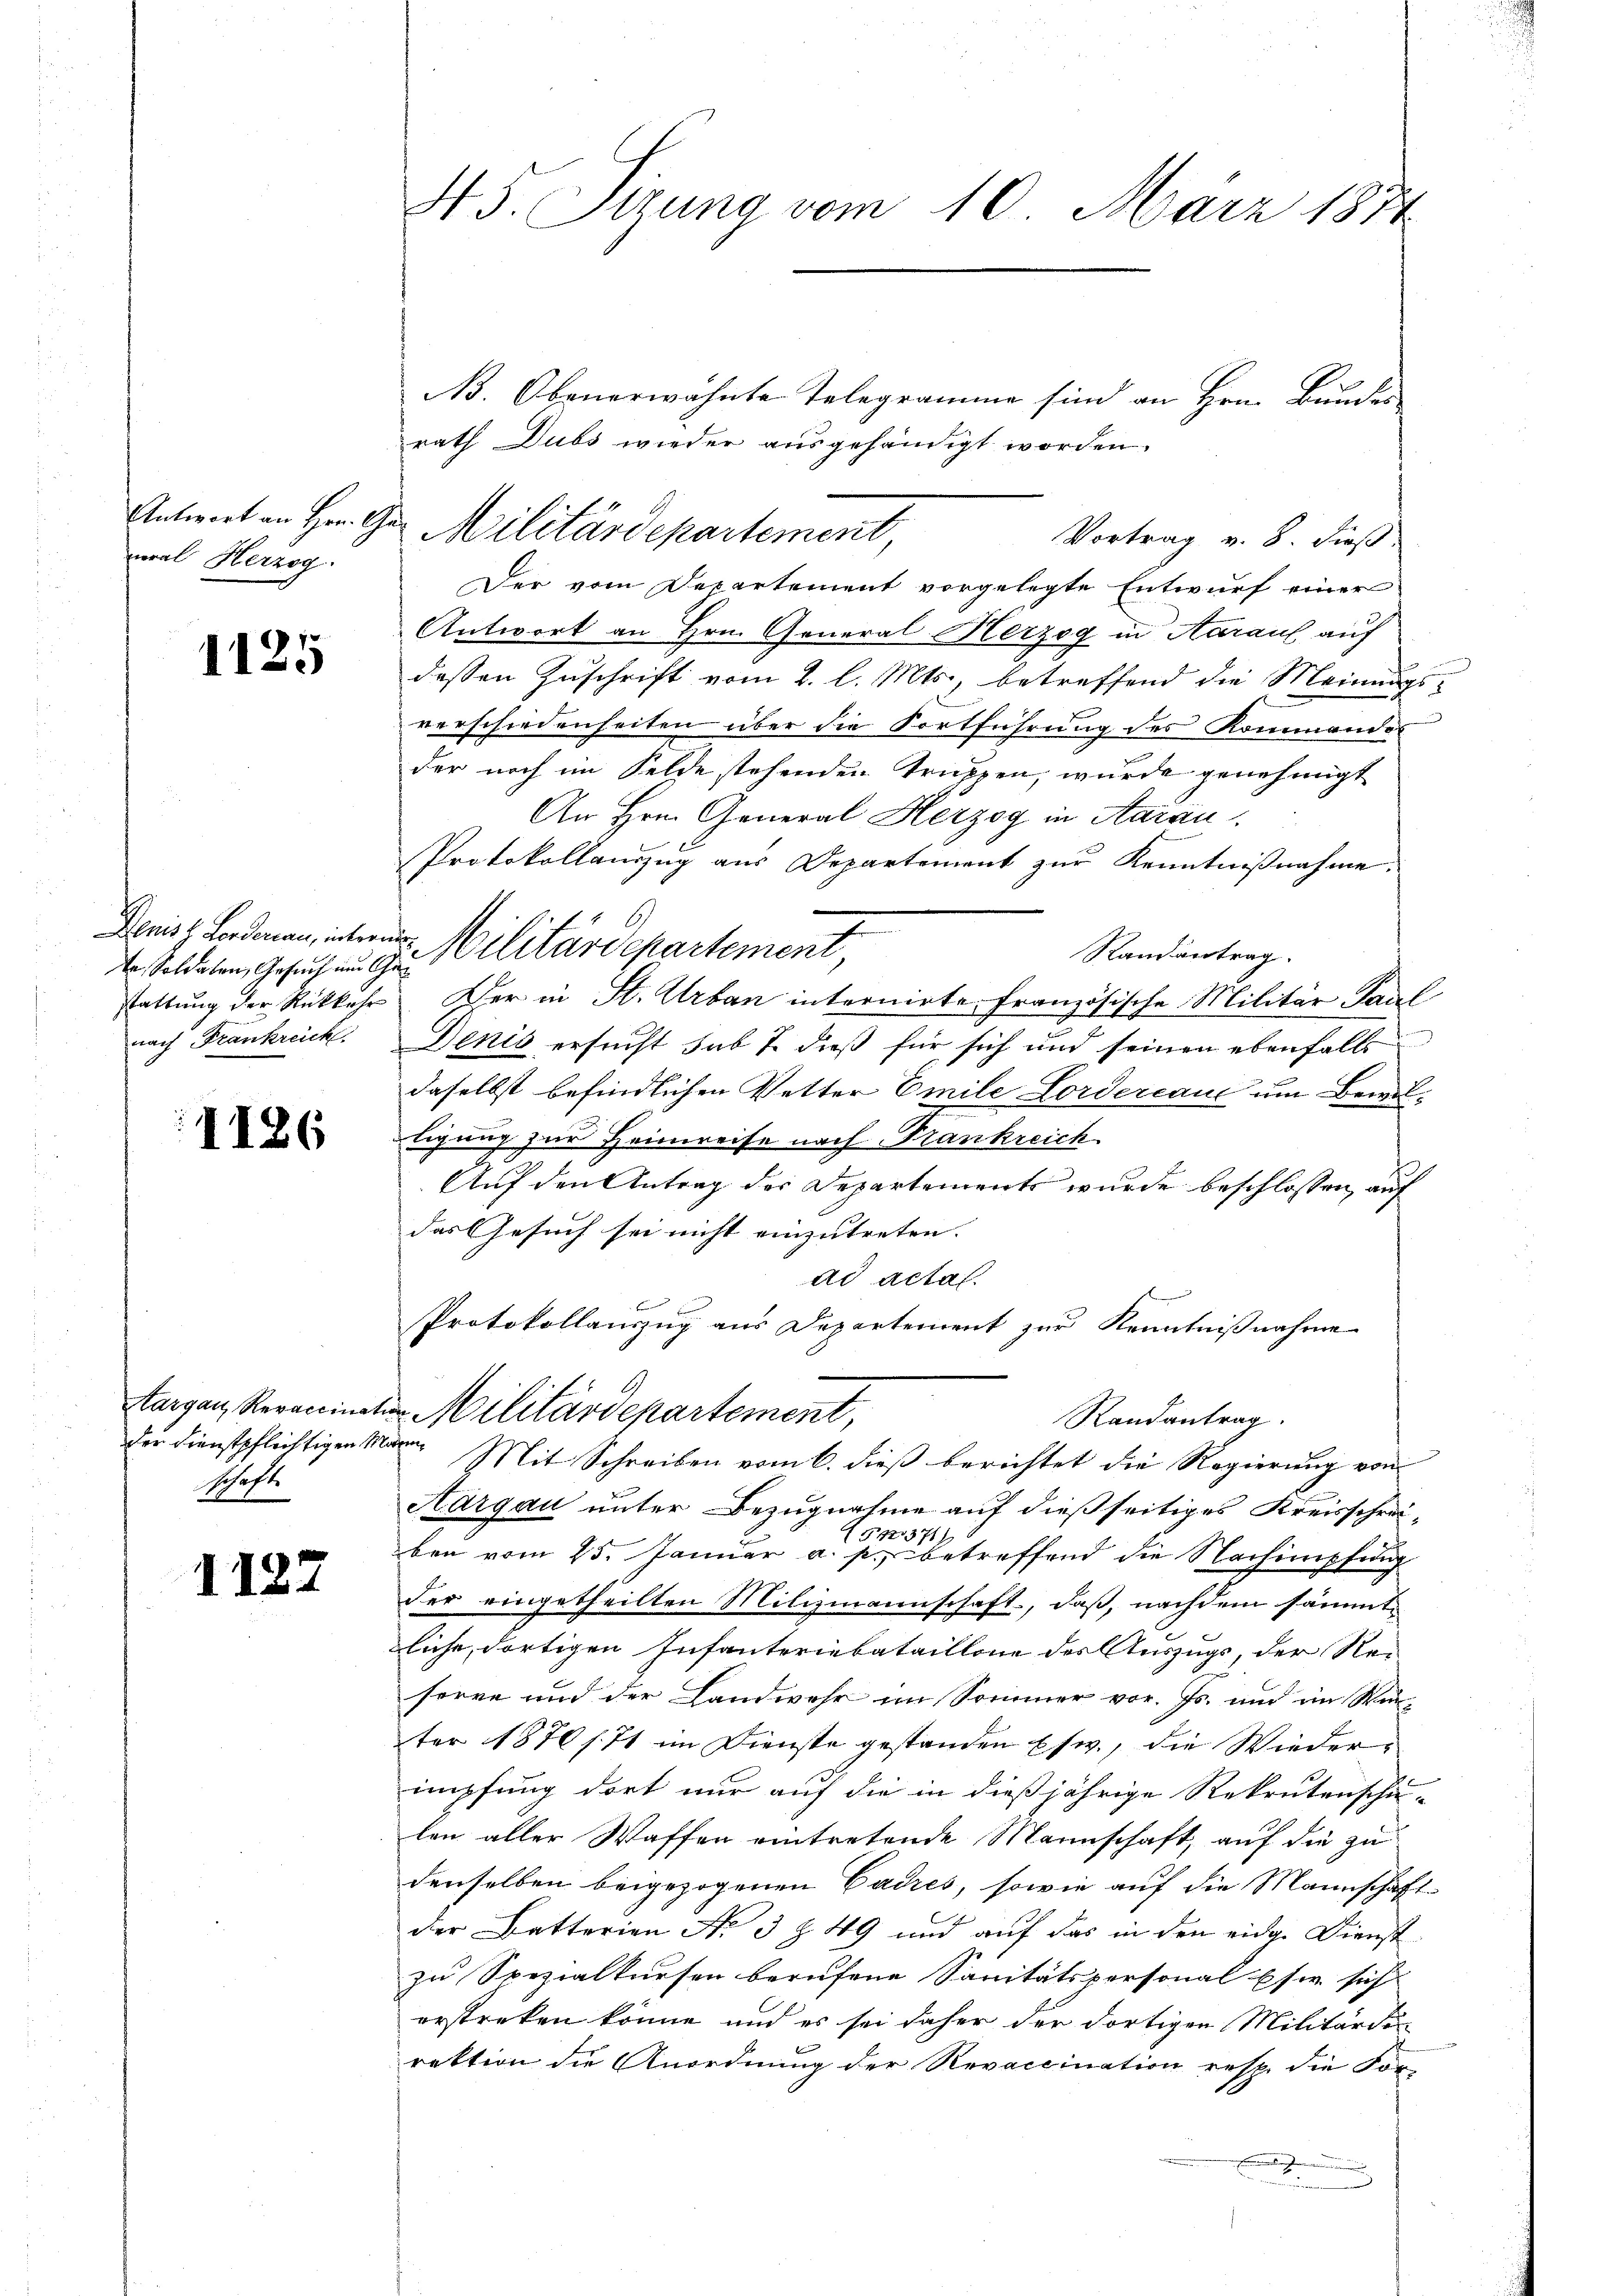
Antwort an Hrn. G.
neral Herzog.

1125

dr Soldaten, Gesuch im Gan

1126

Aargau, Revaccinata
der Dienstpflichtigen Mann¬
Schaft.

1127

45. Sizung vom 10. März 1874

B. Obenerwähnte Telegramme sind an Hrn. Bunder
rath Dubs wieder ausgehändigt worden.
Vortrag v. 8. dieß.
Der vom Departement vorgelegte Entwurf einer
Antwort an Hrn. General Herzog in Aarauf auf
dessen Zuschrift vom 2. l. Mts., betreffend die Meinungsverschiedenheiten über die Fortführung des Kommandos
der noch im Felde stehenden Truppen, wurde genehmigt
An Hrn. General Herzog in Aarau
Protokollauszug aus Departement zur Kenntnißnahme.
Deniss. Fordenen, unteres Militärdepartement,
Randantrag.
stattung der Rückkehr. Der in St. Urban internirte Französische Militär Paul
nach Frankreich. Denis ersucht sub 7. dieß für sich und seinen ebenfalls
daselbst befindlichen Vetter Emile Lordereaue um Bewilligung zur Heimreise nach Frankreich
Auf den Antrag der Departements wurde beschlossen, auf
das Gesuch sei nicht einzutreten. |
ad acta.
B
Protokollauszug aus Departement zur Kenntnißnahme
 Militärdepartement,
Randantrag.
Mit Schreiben vom 6. dieß berichtet die Regierung von
Aargau unter Bezugnahme auf dießseitiges Kreisschrei-
5371/
ben vom 25. Januar a. p. betreffend die Nachimpfung
der eingetheilten Milizmannschaft, daß, nachdem sämmtliche, dortigen Infanteriebataillone des Auszugs, der Re-
serre und der Landwehr im Sommer vor. Js. und im Winter 1870 f. 71 im Dienste gestanden Esw., die Wiederimpfung dort nur auf die in dießjährige Rekrutenschu-
len aller Waffen eintretende Mannschaft, auf die zu
denselben beigezogenen Cadres, sowie auf die Mannschaft-
der Batterien N. 3 § 49 und auf das in den eidg. Dienst
zu Spezialkursen berufene Sanitätspersonal sie sich
erstreken könne, und es sei daher der dortigen Militärdi
rektion die Anordnung der Revaccination resp. die For-

n

zu Militärdepartement,